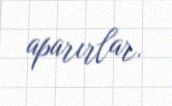
aparırlar.